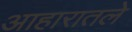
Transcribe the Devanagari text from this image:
आहारातले